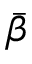
\Bar { \beta }